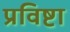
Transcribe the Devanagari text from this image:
प्रविष्टा